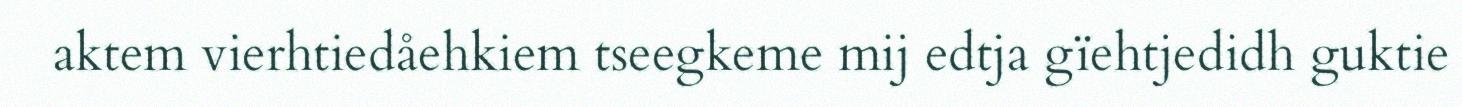
aktem vierhtiedåehkiem tseegkeme mij edtja gïehtjedidh guktie